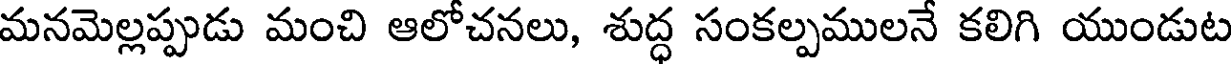
మనమెల్లప్పుడు మంచి ఆలోచనలు, శుద్ధ సంకల్పములనే కలిగి యుండుట